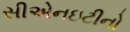
સીએનઇટીનો